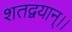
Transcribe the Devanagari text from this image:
शतद्वयान्।।